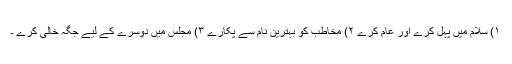
۱) سلام میں پہل کرے اور عام کرے ۲) مخاطب کو بہترین نام سے پکارے ۳) مجلس میں دوسرے کے لیے جگہ خالی کرے ۔